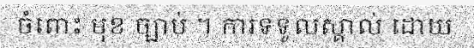
ចំពោះ មុខ ច្បាប់ ។ ការទទួលស្គាល់ ដោយ